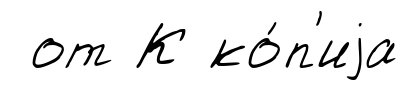
от К ко́п'иjа